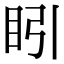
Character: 䀕